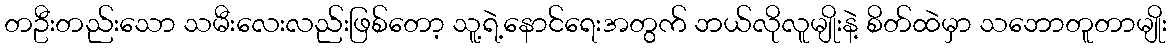
တဦးတည်းသော သမီးလေးလည်းဖြစ်တော့ သူ့ရဲ့နောင်ရေးအတွက် ဘယ်လိုလူမျိုးနဲ့ စိတ်ထဲမှာ သဘောတူတာမျိုး